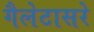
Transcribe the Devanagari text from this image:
गैलेटासरे